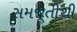
સમજૂતીથી